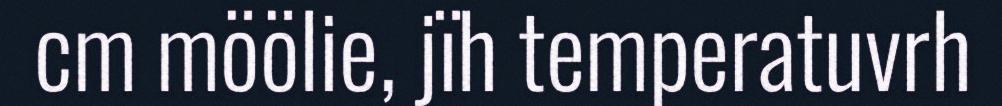
cm möölie, jïh temperatuvrh